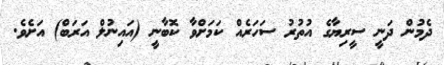
ދެމުން ދަނީ ސީރިޔާގެ އުތުރު ސަހަރެއް ކަމަށްވާ ކޮބާނީ (އައިނުލް އަރަބް) އަށެވެ.